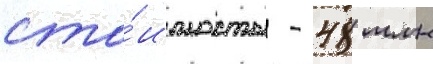
сто́имость - 48 млн